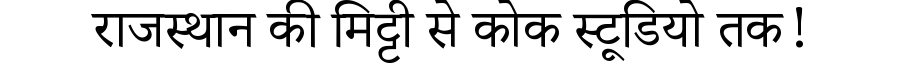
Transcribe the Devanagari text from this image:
राजस्थान की मिट्टी से कोक स्टूडियो तक!